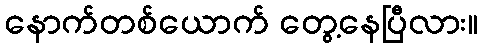
နောက်တစ်ယောက် တွေ့နေပြီလား။